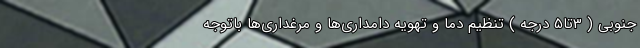
جنوبی ( 3تا5 درجه ) تنظیم دما و تهویه دامداری­ها و مرغداری­ها باتوجه